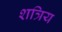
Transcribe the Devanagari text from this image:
शत्रिय